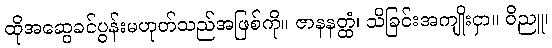
ထိုအဆွေခင်ပွန်းမဟုတ်သည်အဖြစ်ကို။ ဇာနနတ္ထံ၊ သိခြင်းအကျိုးငှာ။ ဝိညူ၊